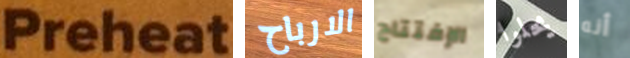
Preheat الارباح الإفتتاح يحلوا أنه